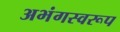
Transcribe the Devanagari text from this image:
अभंगस्वरूप